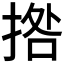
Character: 𭡗